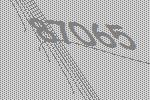
87065